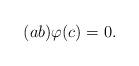
LaTeX: \begin{align*}(ab)\varphi(c) = 0 .\end{align*}